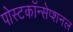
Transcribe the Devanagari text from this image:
पोस्टकॉन्सेप्शनल